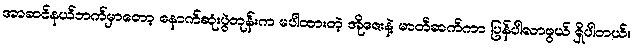
အာဆင်နယ်ဘက်မှာတော့ နောက်ဆုံးပွဲတုန်းက မပါထားတဲ့ အိုဇေးနဲ့ မာတီဆက်ကာ ပြန်ပါလာဖွယ် ရှိပါတယ်။